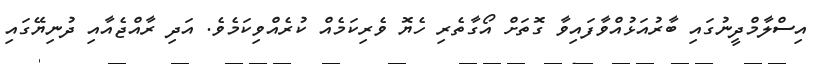
އިސްލާމްދީނުގައި ބާރުއަޅުއްވާފައިވާ ގޮތަށް އޯގާތެރި ހެޔޮ ވެރިކަމެއް ކުރެއްވިކަމެވެ. އަދި ރާއްޖެއާއި ދުނިޔޭގައި